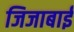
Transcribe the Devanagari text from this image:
जिजाबाईं